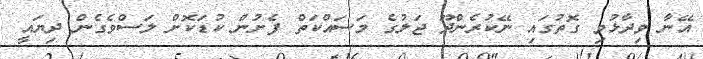
އޭނާ ވިދާޅުވި ގޮތުގައި ނޭކުރެންދޫ ޖަލުގެ މަސައްކަތް ފެށުން ކުޑަކޮށް ލަސްވެގެން ދިޔައީ